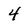
Character: 4